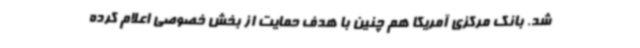
شد. بانک مرکزی آمریکا هم چنین با هدف حمایت از بخش خصوصی اعلام کرده